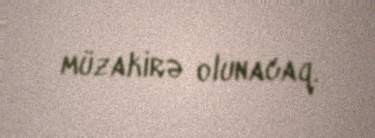
müzakirə olunacaq.